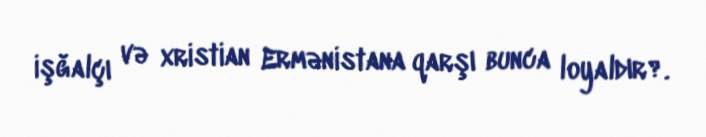
işğalçı və xristian Ermənistana qarşı bunca loyaldır?.